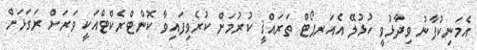
އެމަނިކުފާނު ވިދާޅުވީ ހުޅުލޭ އެއަރޕޯޓް ތަރައްޤީ ކުރުމަށް ކުރެވިފައިވާ ކޮންޓްރެކްޓްއަކީ ވަރަށް ރަގަޅަށް